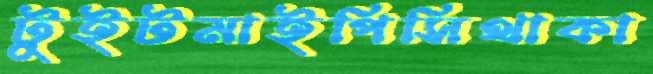
টুইটমাইপিসিথাকা